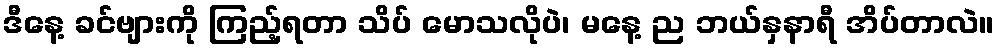
ဒီနေ့ ခင်ဗျားကို ကြည့်ရတာ သိပ် မောသလိုပဲ၊ မနေ့ ည ဘယ်နှနာရီ အိပ်တာလဲ။